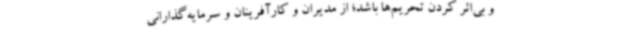
و بی‌اثر کردن تحریم‌ها باشد؛ از مدیران و کارآفرینان و سرمایه‌گذارانی